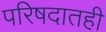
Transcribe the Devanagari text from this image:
परिषदातही